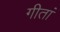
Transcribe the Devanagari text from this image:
गीतां